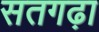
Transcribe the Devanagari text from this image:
सतगढ़ा